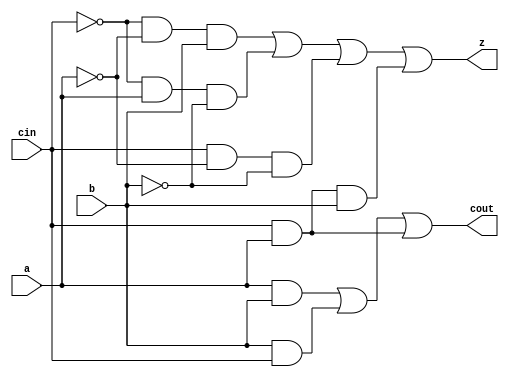
module fullAdder (cout,z , a, b, cin);
    output cout;
    output    z;
    input     a;
    input     b;
    input   cin;
    //cout  vero solo se almeno due fra a e b lo sono, z  vero se un numero dispari di input lo 
    assign z     = (!cin && !a && b) || (!cin && a && !b) || (cin && !a && !b) || (cin && a && b);
    assign cout  = (a && b) || (b && cin) || (a && cin);
endmodule